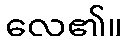
လေ၏။